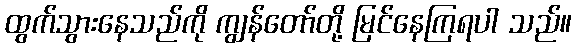
ထွက်သွားနေသည်ကို ကျွန်တော်တို့ မြင်နေကြရပါ သည်။